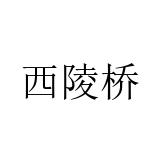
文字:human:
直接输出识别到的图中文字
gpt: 西陵桥